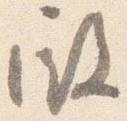
殿